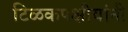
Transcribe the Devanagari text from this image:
टिळकपक्षीयांनी